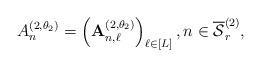
LaTeX: \begin{align*} A_n^{(2,\theta_2)}=\left(\mathbf{A}_{n,\ell}^{(2,\theta_2)}\right)_{\ell\in[L]}, n\in\overline{\mathcal{S}}_r^{(2)},\end{align*}